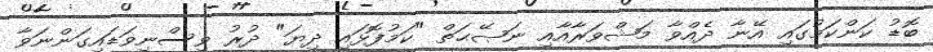
ބޮޑު ކަންކަމުގައި އޭނާ ދެއްވާ މަޝްވަރާއާއި ނަޞޭޙަތް "ކަމުފޮޅައި ދިޔަ" ދުރު ވިސްނިވަޑައިގަންނަވާ